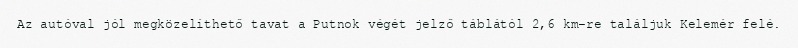
Az autóval jól megközelíthető tavat a Putnok végét jelző táblától 2,6 km-re találjuk Kelemér felé.